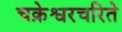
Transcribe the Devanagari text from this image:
चक्रेश्वरचरिते